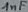
Text: 1nF